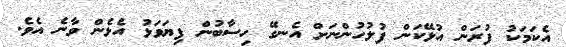
އެކަމަކު ފުރަން އުޅޭކަން ފުލުހުންނަށް އެނގޭ ހިސާބުން ފިޔަވަޅު އެޅެން ވާނެ އެވެ.